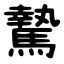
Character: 騺